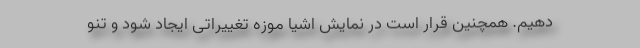
دهیم. همچنین قرار است در نمایش اشیا موزه تغییراتی ایجاد شود و تنو